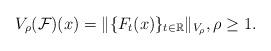
LaTeX: \begin{align*}V_\rho(\mathcal F)(x)=\|\{F_t(x)\}_{t\in\mathbb{R}}\|_{V_\rho},\rho\ge1.\end{align*}